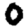
Digit: 0